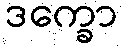
ဒက္ခော